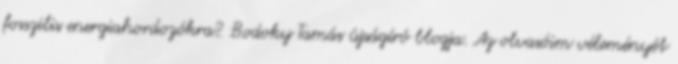
fosszilis energiahordozókra? Bodoky Tamás újságíró blogja. Az olvasóim véleményét